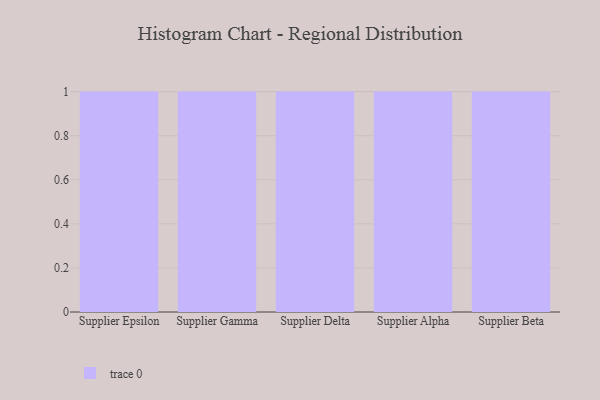
{"axis": {"x": "Supplier", "y": "Churn Rate (%)"}, "legend": [""], "data": [{"x": "Supplier Epsilon", "y": 90, "type": ""}, {"x": "Supplier Gamma", "y": 99, "type": ""}, {"x": "Supplier Delta", "y": 90, "type": ""}, {"x": "Supplier Alpha", "y": 86, "type": ""}, {"x": "Supplier Beta", "y": 47, "type": ""}]}